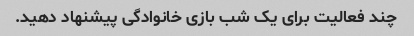
چند فعالیت برای یک شب بازی خانوادگی پیشنهاد دهید.